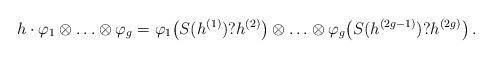
LaTeX: \begin{align*}h \cdot \varphi_1 \otimes \ldots \otimes \varphi_g = \varphi_1\!\left(S(h^{(1)}) ? h^{(2)}\right) \otimes \ldots \otimes \varphi_g\!\left(S(h^{(2g-1)}) ? h^{(2g)}\right).\end{align*}